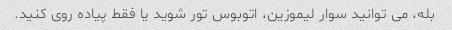
بله، می توانید سوار لیموزین، اتوبوس تور شوید یا فقط پیاده روی کنید.